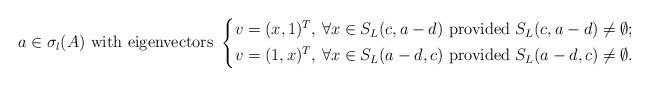
LaTeX: \begin{align*} a\in \sigma_l(A)\mbox{ with eigenvectors }\left\{ \begin{aligned} v=(x,1)^T,\, \forall x\in S_L(c,a-d)\mbox{ provided }S_L(c,a-d)\neq \emptyset;\\ v=(1,x)^T,\, \forall x\in S_L(a-d,c)\mbox{ provided }S_L(a-d,c)\neq \emptyset. \end{aligned} \right.\end{align*}